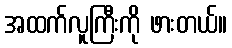
အထက်လူကြီးကို ဖားတယ်။